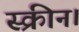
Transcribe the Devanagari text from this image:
स्क्रीन।